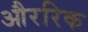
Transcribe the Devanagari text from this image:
औररिक